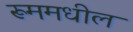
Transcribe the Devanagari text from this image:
रूममधील